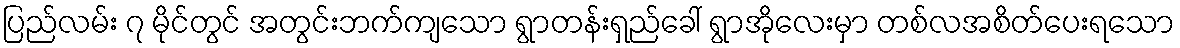
ပြည်လမ်း ၇ မိုင်တွင် အတွင်းဘက်ကျသော ရွာတန်းရှည်ခေါ် ရွာအိုလေးမှာ တစ်လအစိတ်ပေးရသော